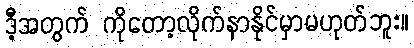
ဒီ့အတွက် ကိုတော့လိုက်နာနိုင်မှာမဟုတ်ဘူး။